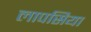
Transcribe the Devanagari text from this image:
लापसिया